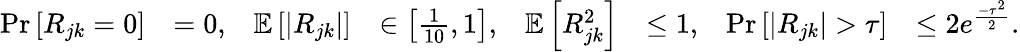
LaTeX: \begin{array}{rlrlrlrl}{\Pr\left[R_{jk}=0\right]}&{=0,}&{\mathbb{E}\left[|R_{jk}|\right]}&{\in\left[\frac{1}{10},1\right],}&{\mathbb{E}\left[R_{jk}^{2}\right]}&{\le 1,}&{\Pr\left[|R_{jk}|>\tau\right]}&{\le 2e^{\frac{-\tau^{2}}{2}}.}\end{array}